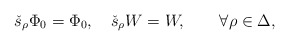
\begin{align*}\check{s}_{\rho}\Phi_0=\Phi_0,\quad \check{s}_{\rho}W =W,\qquad \forall\rho\in\Delta, \end{align*}